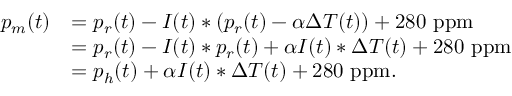
\begin{array} { r l } { p _ { m } ( t ) } & { = p _ { r } ( t ) - I ( t ) \ast ( p _ { r } ( t ) - \alpha \Delta T ( t ) ) + 2 8 0 ~ \mathrm { p p m } } \\ & { = p _ { r } ( t ) - I ( t ) \ast p _ { r } ( t ) + \alpha I ( t ) \ast \Delta T ( t ) + 2 8 0 ~ \mathrm { p p m } } \\ & { = p _ { h } ( t ) + \alpha I ( t ) \ast \Delta T ( t ) + 2 8 0 ~ \mathrm { p p m } . } \end{array}